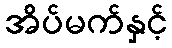
အိပ်မက်နှင့်